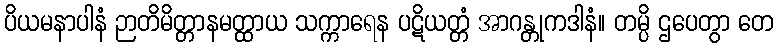
ပိယမနာပါနံ ဉာတိမိတ္တာနမတ္ထာယ သက္ကာရေန ပဋိယတ္တံ အာဂန္တုကဒါနံ။ တမ္ပိ ဌပေတွာ တေ